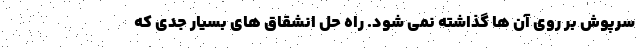
سرپوش بر روی آن ها گذاشته نمی شود. راه حل انشقاق های بسیار جدی که